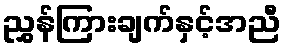
ညွှန်ကြားချက်နှင့်အညီ